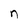
Character: n